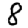
Digit: 8